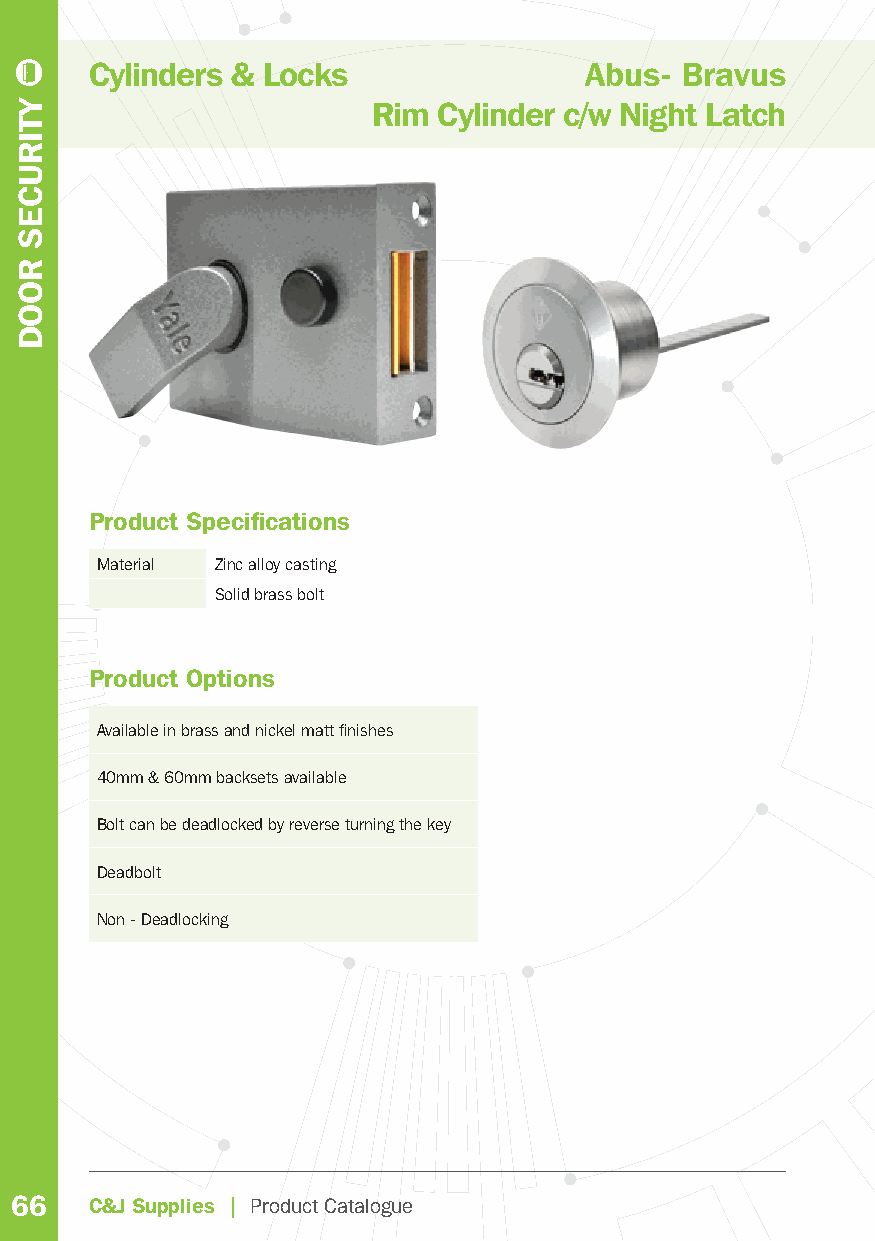
Cylinders & Locks                Abus- Bravus
 Rim Cylinder c/w Night Latch
 Product Specifi cations
 Material Zinc alloy casting
 Solid brass bolt
 Product Options
 Available in brass and nickel matt fi nishes
 40mm & 60mm backsets available
 Bolt can be deadlocked by reverse turning the key
 Deadbolt
 Non - Deadlocking
 66   C&J Supplies | Product Catalogue
 YTIRUCES
 ROOD